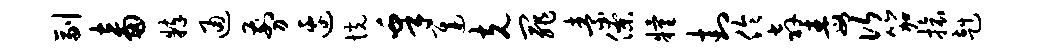
副畜粹通剪边恍皋迟克罪素僚粮封伶奔毒次笳旅赳